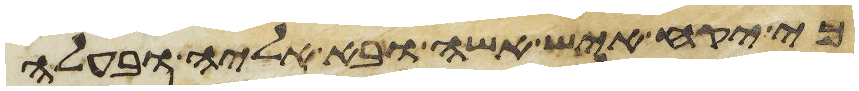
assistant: כי יקח איש אשה ובא אליה ובעלה